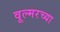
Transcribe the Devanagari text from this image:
वूल्मरच्या